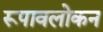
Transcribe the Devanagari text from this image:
रूपावलोकन